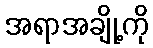
အရာအချို့ကို